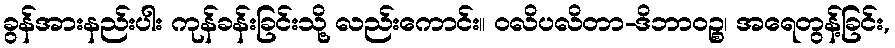
ခွန်အားနည်းပါး ကုန်ခန်းခြင်းသို့ လည်းကောင်း။ ဝလိပလိတာ-ဒိဘာဝဉ္စ၊ အရေတွန့်ခြင်း,